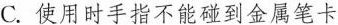
C.使用时手指不能碰到金属笔卡